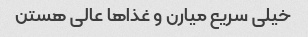
خیلی سریع میارن و غذا‌ها عالی هستن